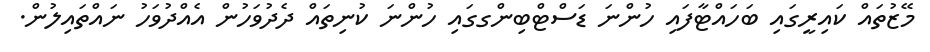
މޭޒުތައް ކައިރީގައި ބަހައްޓާފައި ހުންނަ ޑަސްޓްބިންގގައި ހުންނަ ކުނިތައް ދެދުވަހުން އެއްދުވަހު ނައްތައިލުން.